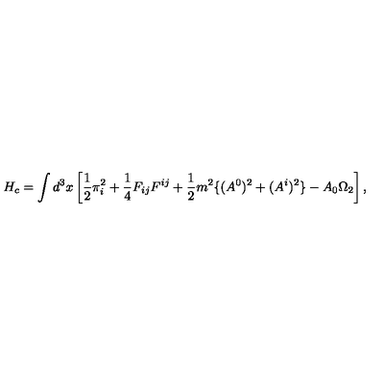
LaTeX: H _ { c } = \int d ^ { 3 } x \left[ \frac { 1 } { 2 } \pi _ { i } ^ { 2 } + \frac { 1 } { 4 } F _ { i j } F ^ { i j } + \frac { 1 } { 2 } m ^ { 2 } \{ ( A ^ { 0 } ) ^ { 2 } + ( A ^ { i } ) ^ { 2 } \} - A _ { 0 } \Omega _ { 2 } \right] ,